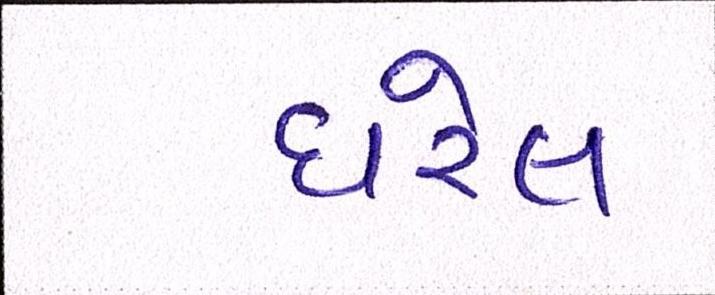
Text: ધરેલ